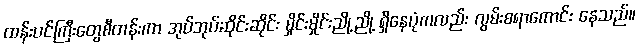
ထန်းပင်ကြီးတွေစီတန်းကာ အုပ်အုပ်ဆိုင်းဆိုင်း မှိုင်းမှိုင်းညို့ညို့ ရှိနေပုံကလည်း လွမ်းစရာကောင်း နေသည်။